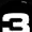
Digit: 3